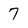
Character: 7